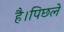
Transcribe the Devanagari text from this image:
है।पिछले